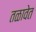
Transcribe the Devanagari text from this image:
तळावेत